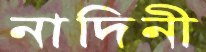
নাদিনী